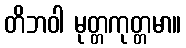
တိဘဝါ မုတ္တကုတ္တမာ။